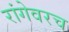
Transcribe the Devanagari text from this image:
रांगेवरच